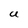
Character: U